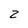
Character: 2